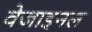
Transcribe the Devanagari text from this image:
वेजाइनल